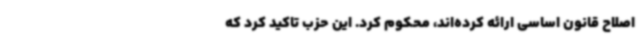
اصلاح قانون اساسی ارائه کرده‌اند، محکوم کرد. این حزب تاکید کرد که